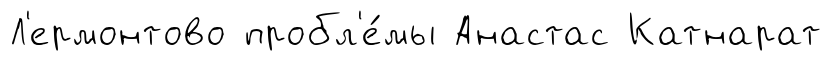
Л'ермонтово пробл'е́мы Анастас Катнарат